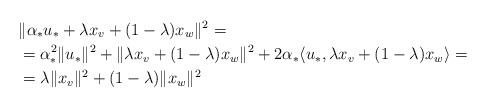
LaTeX: \begin{align*} &\|\alpha_*u_*+\lambda x_v+(1-\lambda)x_w\|^2=\\ &=\alpha_*^2\|u_*\|^2+\|\lambda x_v+(1-\lambda)x_w\|^2+2\alpha_*\langle u_*,\lambda x_v+(1-\lambda)x_w\rangle=\\ &=\lambda \|x_v\|^2 + (1-\lambda)\|x_w\|^2 \end{align*}